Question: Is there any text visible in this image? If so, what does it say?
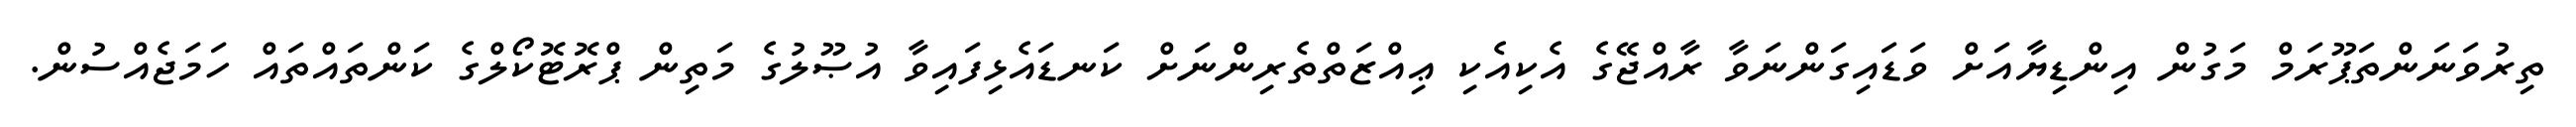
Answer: ތިރުވަނަންތަޕޫރަމް މަގުން އިންޑިޔާއަށް ވަޑައިގަންނަވާ ރާއްޖޭގެ އެކިއެކި ޢިއްޒަތްތެރިންނަށް ކަނޑައެޅިފައިވާ އުޞޫލުގެ މަތިން ޕްރޮޓޮކޯލްގެ ކަންތައްތައް ހަމަޖެއްސުން.